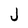
Character: J